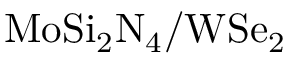
\mathrm { M o S i _ { 2 } N _ { 4 } / W S e _ { 2 } }